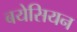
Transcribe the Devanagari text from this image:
बयेसियन